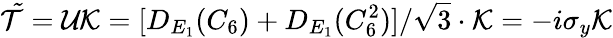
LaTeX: \mathcal{\tilde{T}}=\mathcal{UK}=[D_{E_{1}}(C_{6})+D_{E_{1}}(C_{6}^{2})]/\sqrt{3}\cdot\mathcal{K}=-i\sigma_{y}\mathcal{K}